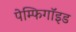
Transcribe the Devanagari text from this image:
पेम्फिगॉइड